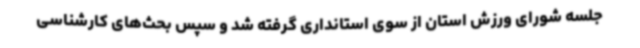
جلسه شورای ورزش استان از سوی استانداری گرفته شد و سپس بحث‌های کارشناسی